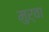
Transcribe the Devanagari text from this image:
मुर्वा